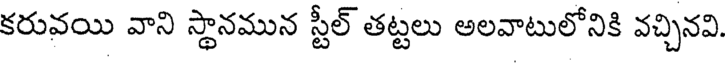
కరువయి వాని స్థానమున స్టీల్ తట్టలు అలవాటులోనికి వచ్చినవి.